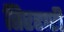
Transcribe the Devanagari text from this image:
तिरहारी